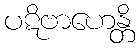
ပဋိဗာဟေန္တိ